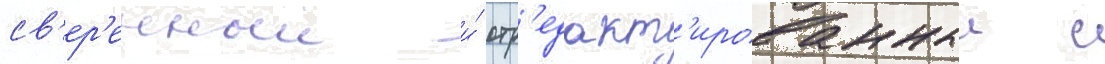
св'ер'енныи и́ отр'едакт'ированныи с